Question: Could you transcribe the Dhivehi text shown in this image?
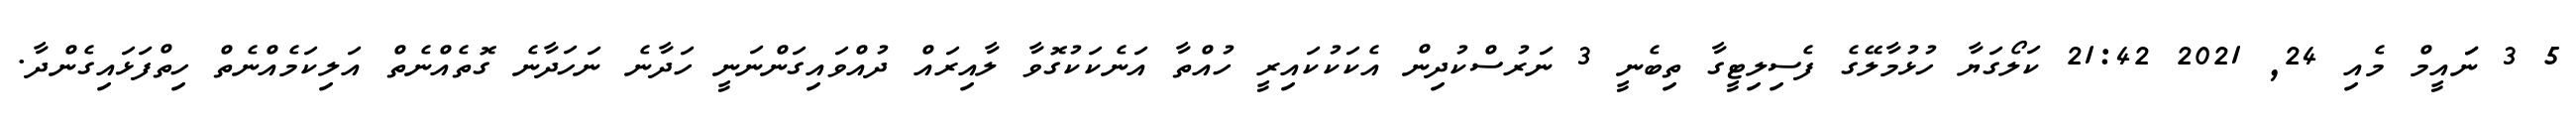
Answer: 5 3 ނަައީމް މެއި 24, 2021 21:42 ކަލޯގަޔާ ހުޅުމާލޭގެ ފެސިލިޓީގާ ތިބެނީ 3 ނަރުސްކުދިން އެކަކުކައިރީ ހުއްތާ އަނެކަކުގޮވާ ލާއިރައް ދުއްވައިގަންނަނީ ހަދާނެ ނަހަދާނެ ގޮތެއްނެތް އަލިކަމެއްނެތް ހިތްފަޅައިގެންދާ.